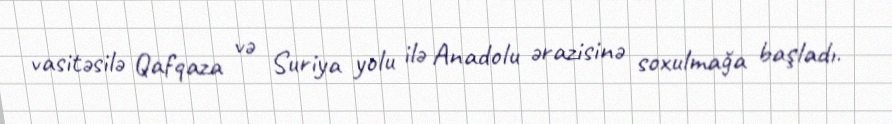
vasitəsilə Qafqaza və Suriya yolu ilə Anadolu ərazisinə soxulmağa başladı.